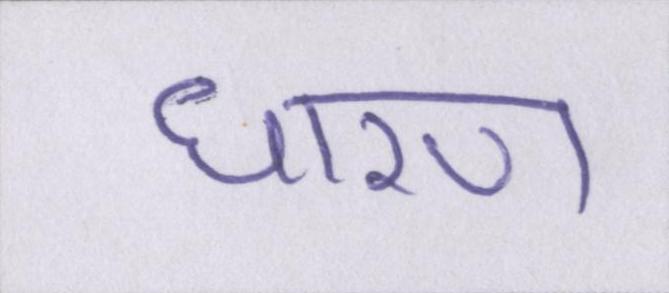
धारण